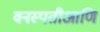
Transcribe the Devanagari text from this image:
वनस्पतीआणि